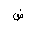
Letter: _dad